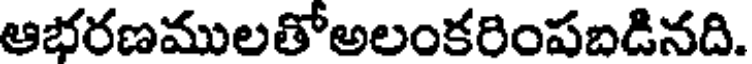
ఆభరణములతోఅలంకరింపబడినది.